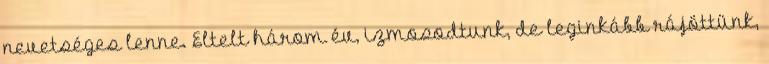
nevetséges lenne. Eltelt három év, izmosodtunk, de leginkább rájöttünk,